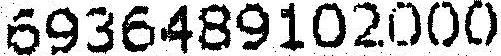
6936489102000